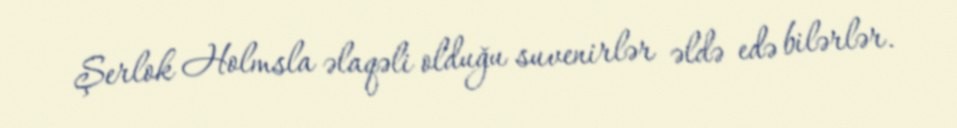
Şerlok Holmsla əlaqəli olduğu suvenirlər əldə edə bilərlər.